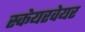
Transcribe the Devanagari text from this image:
स्केयरवेयर